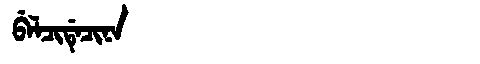
Manchu: ᠪᡝᠯᠴᡳᡩᡝᠴᡳᠨᠠ
Romanization: BELCIDECINA